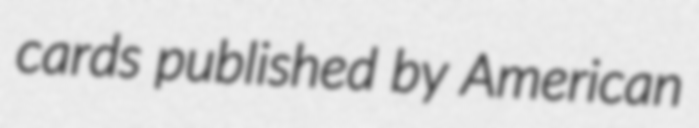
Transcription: cards published by American